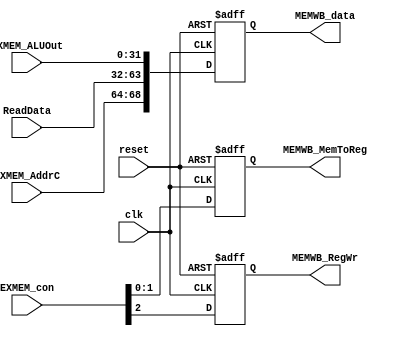
module Pipeline_MEMWB_reg(clk,reset,ReadData,EXMEM_ALUOut,EXMEM_AddrC,EXMEM_con,MEMWB_data,MEMWB_RegWr,MEMWB_MemToReg);
input clk,reset;
input[31:0] ReadData,EXMEM_ALUOut; //EXMEM_data[31:0]
input [4:0]EXMEM_AddrC;//EXMEM_data[68:64]
input [2:0]EXMEM_con;
output reg[68:0] MEMWB_data;
output reg [1:0]MEMWB_MemToReg;
output reg MEMWB_RegWr;

always @(posedge clk or negedge reset)
 begin
  if(!reset)
   begin
	MEMWB_data<=68'b0;
	MEMWB_MemToReg<=2'b0;
	MEMWB_RegWr<=1'b0;
   end
  else
   begin
 	MEMWB_data<={EXMEM_AddrC,ReadData,EXMEM_ALUOut};
	MEMWB_MemToReg<=EXMEM_con[1:0];
	MEMWB_RegWr<=EXMEM_con[2];
	 end
 end

endmodule